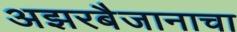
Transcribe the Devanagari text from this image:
अझरबैजानाचा